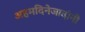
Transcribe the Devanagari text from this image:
अहमदिनेजादांनी